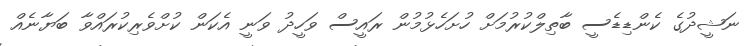
ނަޝީދުގެ ކެންޑިޑެސީ ބާތިލްކުރުމަށް ހުށަހެޅުމުން ރައީސް ވަހީދު ވަނީ އެކަން ކުށްވެރިކުރައްވާ ބަޔާނެއް